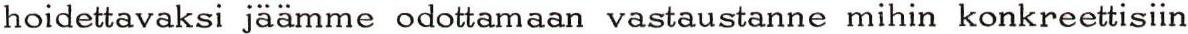
hoidettavaksi jäämme odottamaan vastaustanne mihin konkreettisiin